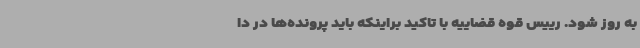
به روز شود. رییس قوه قضاییه با تاکید براینکه باید پرونده‌ها در دا